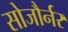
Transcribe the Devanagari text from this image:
सोजौर्नर